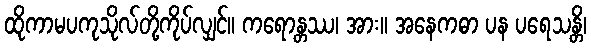
ထိုကာမပကုသိုလ်တို့ကိုပ်လျှင်။ ကရောန္တဿ၊ အား။ အနေကဓာ ပန ပရေသန္တိ၊